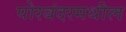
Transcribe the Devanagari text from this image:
पोरबंदरमधील